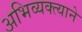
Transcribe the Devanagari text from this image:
अभिव्यक्त्याने